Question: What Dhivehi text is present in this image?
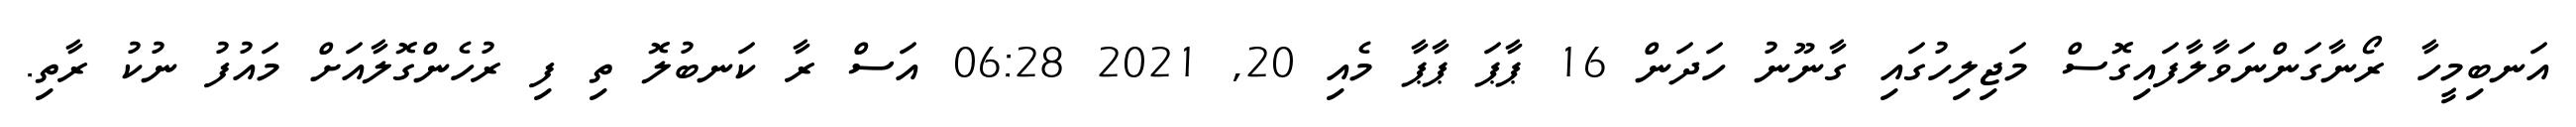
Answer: އަނބިމީހާ ރޯނާގަންނަވާލާފައިގޮސް މަޖިލިހުގައި ގާނޫނު ހަދަން 16 ޕާޕަ ޕާޕާ މެއި 20, 2021 06:28 އަސް ރާ ކަނބުލޮ ތި ފި ރުހެންގޮލާއަށް މައުފު ނުކު ރާތި.